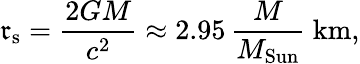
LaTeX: \mathfrak{r}_{\mathrm{{s}}}={\frac{{2GM}}{{c^{2}}}}\approx2.95\, {\frac{{M}}{{M_{\mathrm{{Sun}}}}}}~\mathrm{{km,}}